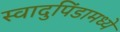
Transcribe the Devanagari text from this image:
स्वादुपिंडामध्ये